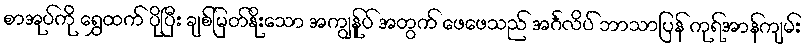
စာအုပ်ကို ရွှေထက် ပိုပြီး ချစ်မြတ်နိုးသော အကျွန်ုပ် အတွက် ဖေဖေသည် အင်္ဂလိပ် ဘာသာပြန် ကုရ်အာန်ကျမ်း